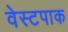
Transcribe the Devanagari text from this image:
वेस्टपाक